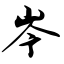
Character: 岑